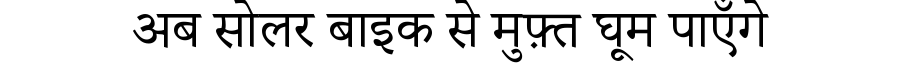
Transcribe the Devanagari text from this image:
अब सोलर बाइक से मुफ़्त घूम पाएँगे